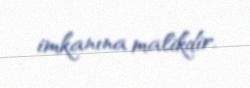
imkanına malikdir.